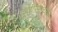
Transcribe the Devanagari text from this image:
दुर्वासांच्या